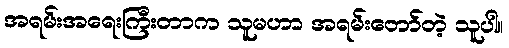
အရမ်းအရေးကြီးတာက သူမဟာ အရမ်းတော်တဲ့ သူပါ။